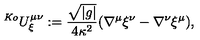
\ ^ { \mathrm { \tiny \it K o } } U _ { \xi } ^ { \mu \nu } : = \frac { \sqrt { \left| g \right| } } { 4 \kappa ^ { 2 } } ( \nabla ^ { \mu } \xi ^ { \nu } - \nabla ^ { \nu } \xi ^ { \mu } ) ,